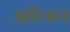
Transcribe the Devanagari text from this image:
अरिजन